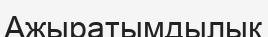
Ажыратымдылық